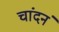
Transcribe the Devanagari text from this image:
चांदनं